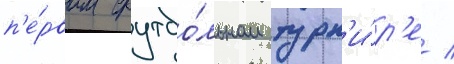
п'е́рвом футбо́льном турн'и́р'е /